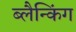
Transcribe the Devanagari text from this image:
ब्लैन्किंग